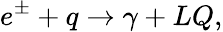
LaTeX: e^{\pm}+q\rightarrow\gamma+LQ,